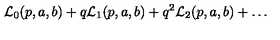
{ \cal L } _ { 0 } ( p , a , b ) + q { \cal L } _ { 1 } ( p , a , b ) + q ^ { 2 } { \cal L } _ { 2 } ( p , a , b ) + \dots